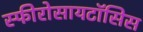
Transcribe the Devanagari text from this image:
स्फीरोसायटॉसिस